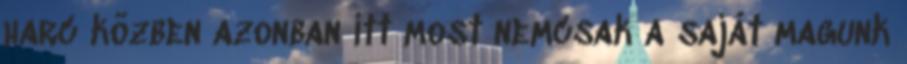
harc közben azonban itt most nemcsak a saját magunk